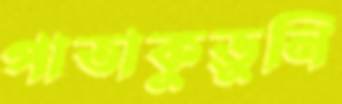
পাতাকুড়ুনি